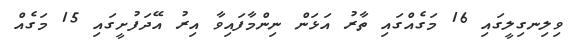
ވިލިނގިލީގައި 16 މަގެއްގައި ތާރު އަޅަން ނިންމާފައިވާ އިރު އޭދަފުށީގައި 15 މަގެއް